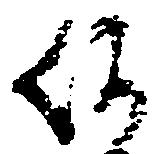
何